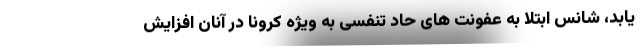
یابد، شانس ابتلا به عفونت های حاد تنفسی به ویژه کرونا در آنان افزایش